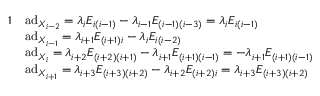
\begin{array} { r l } { { 1 } } & { \mathrm { a d } _ { X _ { i - 2 } } = \lambda _ { i } E _ { i ( i - 1 ) } - \lambda _ { i - 1 } E _ { ( i - 1 ) ( i - 3 ) } = \lambda _ { i } E _ { i ( i - 1 ) } } \\ & { \mathrm { a d } _ { X _ { i - 1 } } = \lambda _ { i + 1 } E _ { ( i + 1 ) i } - \lambda _ { i } E _ { i ( i - 2 ) } } \\ & { \mathrm { a d } _ { X _ { i } } = \lambda _ { i + 2 } E _ { ( i + 2 ) ( i + 1 ) } - \lambda _ { i + 1 } E _ { ( i + 1 ) ( i - 1 ) } = - \lambda _ { i + 1 } E _ { ( i + 1 ) ( i - 1 ) } } \\ & { \mathrm { a d } _ { X _ { i + 1 } } = \lambda _ { i + 3 } E _ { ( i + 3 ) ( i + 2 ) } - \lambda _ { i + 2 } E _ { ( i + 2 ) i } = \lambda _ { i + 3 } E _ { ( i + 3 ) ( i + 2 ) } } \end{array}